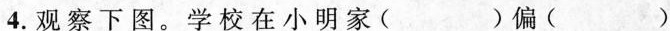
4.观察下图。学校在小明家( )偏( )